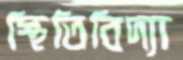
স্থিতিবিদ্যা